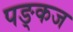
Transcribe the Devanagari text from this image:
पङ्कज